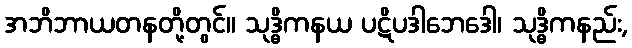
အဘိဘာယတနတို့တွင်။ သုဒ္ဓိကနယ ပဋိပဒါဘေဒေါ၊ သုဒ္ဓိကနည်း,